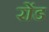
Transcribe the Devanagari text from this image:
रोंड